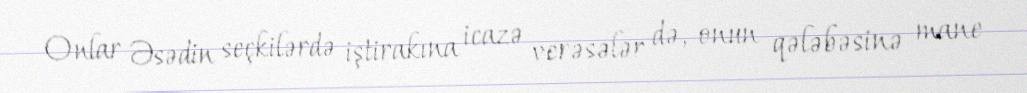
Onlar Əsədin seçkilərdə iştirakına icazə verəsələr də, onun qələbəsinə mane